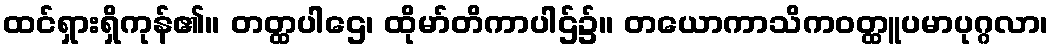
ထင်ရှားရှိကုန်၏။ တတ္ထပါဌေ၊ ထိုမာ်တိကာပါဌ်၌။ တယောကာသိကဝတ္ထူပမာပုဂ္ဂလာ၊